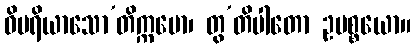
ဝိပရိယာသော’တိက္ကမော၊ တွ’တိပါတော ဥပစ္စယော။